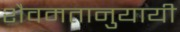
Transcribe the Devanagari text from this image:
शैवमतानुयायी